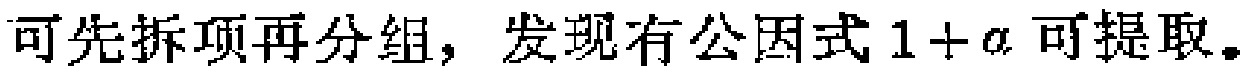
可先拆项再分组，发现有公因式\(1 + a\)可提取。